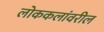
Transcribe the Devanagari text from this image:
लोककलांवरील